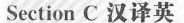
Section C汉译英